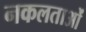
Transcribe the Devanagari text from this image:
नकलताओं